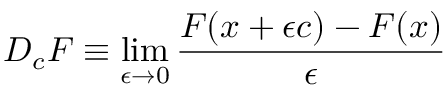
D _ { c } F \equiv \operatorname* { l i m } _ { \epsilon \to 0 } { \frac { F ( x + \epsilon c ) - F ( x ) } { \epsilon } }